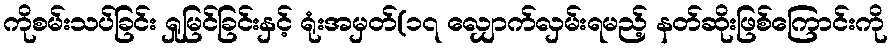
ကိုစမ်းသပ်ခြင်း ရှုမြင်ခြင်းနှင့် ရုံးအမှတ်(၁၇ လျှောက်လှမ်းရမည့် နတ်ဆိုးဖြစ်ကြောင်းကို